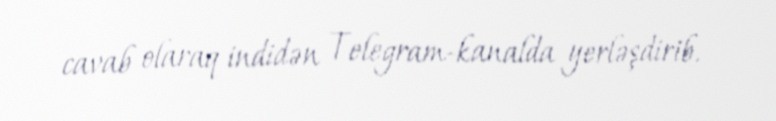
cavab olaraq indidən Telegram-kanalda yerləşdirib.